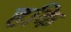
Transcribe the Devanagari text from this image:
हकि